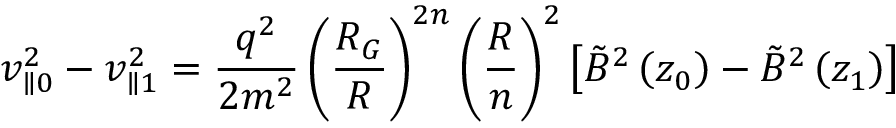
v _ { \parallel 0 } ^ { 2 } - v _ { \parallel 1 } ^ { 2 } = \frac { q ^ { 2 } } { 2 m ^ { 2 } } \left( \frac { R _ { G } } { R } \right) ^ { 2 n } \left( \frac { R } { n } \right) ^ { 2 } \left[ \tilde { B } ^ { 2 } \left( z _ { 0 } \right) - \tilde { B } ^ { 2 } \left( z _ { 1 } \right) \right]